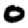
Digit: 0